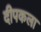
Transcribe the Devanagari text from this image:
दीपकला